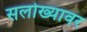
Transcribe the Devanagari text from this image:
सलोख्यावर